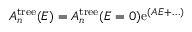
A _ { n } ^ { \mathrm { t r e e } } ( E ) = A _ { n } ^ { \mathrm { t r e e } } ( E = 0 ) \mathrm { e } ^ { ( A E + \ldots ) }